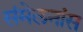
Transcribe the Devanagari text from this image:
संमेलनांस